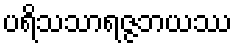
ပရိသသာရဇ္ဇဘယဿ